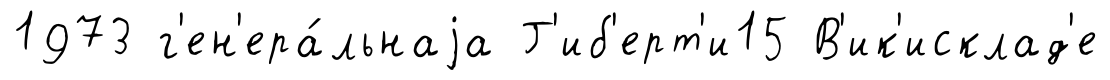
1973 г'ен'ера́льнаjа Г'иб'ерт'и15 В'ик'исклад'е